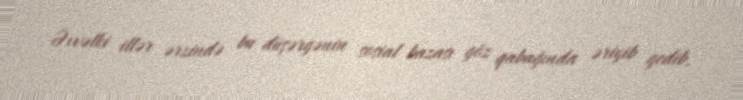
Əvvəlki illər ərzində bu düşərgənin sosial bazası göz qabağında əriyib gedib,